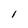
Character: l